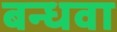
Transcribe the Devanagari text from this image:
बन्धवा